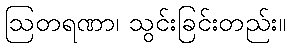
ဩတရဏာ၊ သွင်းခြင်းတည်း။